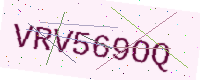
Text: VRV569OQ